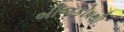
બીજકોષથી